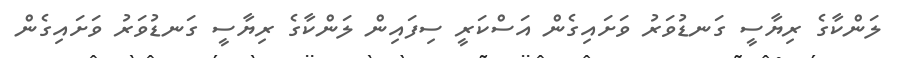
ލަންކާގެ ރިޔާސީ ގަނޑުވަރު ވަށައިގެން އަސްކަރީ ސިފައިން ލަންކާގެ ރިޔާސީ ގަނޑުވަރު ވަށައިގެން